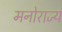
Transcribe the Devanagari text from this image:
मनोराज्य